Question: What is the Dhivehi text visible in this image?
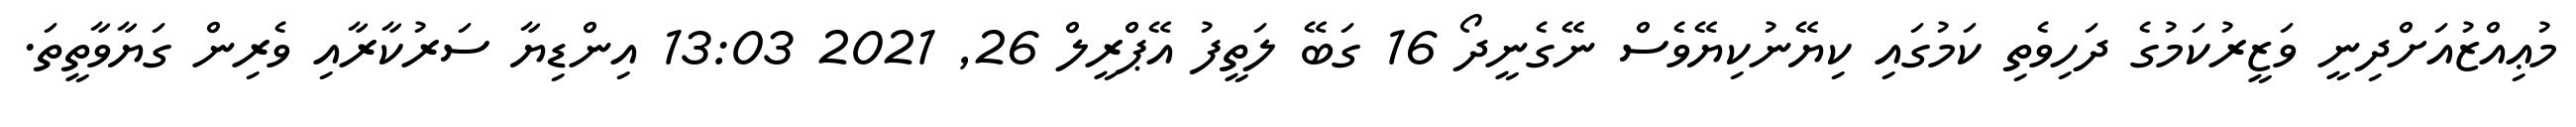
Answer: މުޢިއްޒުއަށްދިނީ ވަޒީރުކަމުގެ ދަހިވެތި ކަމުގައި ކިޔޭނުކިޔޭވެސް ނޭގެނީދޯ 16 ގަބޭ ލަތީފު އޭޕްރީލް 26, 2021 13:03 އިންޑިޔާ ސަރުކާރާއި ވެރިން ގަޔާވާތީތަ.